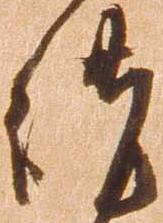
謹